Problem: 39 + 27 = ?
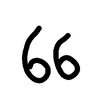
Handwritten answer: 66